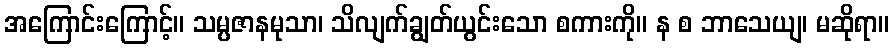
အကြောင်းကြောင့်။ သမ္ပဇာနမုသာ၊ သိလျက်ချွတ်ယွင်းသော စကားကို။ န စ ဘာသေယျ၊ မဆိုရာ။